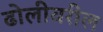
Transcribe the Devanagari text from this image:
ढोलीवरील